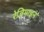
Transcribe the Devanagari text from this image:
रेजिमाइन